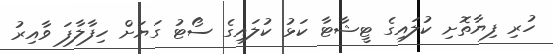
ހުރި ފިޔާތޮށި ކުލައިގެ ޓީޝާޓާ ކަޅު ކުލައިގެ ސޯޓު ގަޔަށް ހިފާލާފަ ވާއިރު